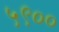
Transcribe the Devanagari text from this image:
५९००